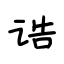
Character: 诰